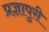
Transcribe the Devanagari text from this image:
प्रज्ञापुरी